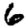
Digit: 6